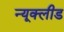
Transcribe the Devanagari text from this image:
न्यूक्लीड